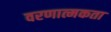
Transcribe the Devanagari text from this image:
वरणात्मकता